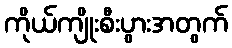
ကိုယ်ကျိုးစီးပွားအတွက်